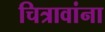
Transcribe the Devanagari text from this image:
चित्रावांना